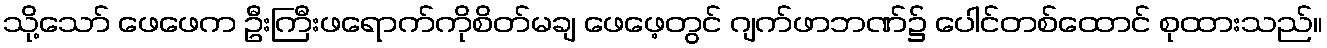
သို့သော် ဖေဖေက ဦးကြီးဖရောက်ကိုစိတ်မချ ဖေဖေ့တွင် ဂျက်ဖာဘဏ်၌ ပေါင်တစ်ထောင် စုထားသည်။